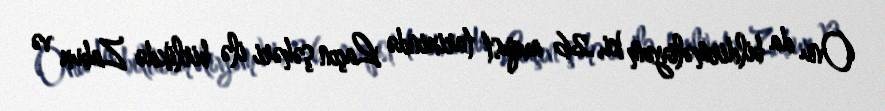
Onu da bildirməliyəm ki, 26 avqust tarixində Laçın şəhəri ilə birlikdə Zabux və